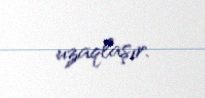
uzaqlaşır.